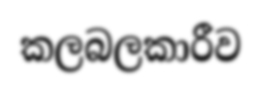
කලබලකාරීව